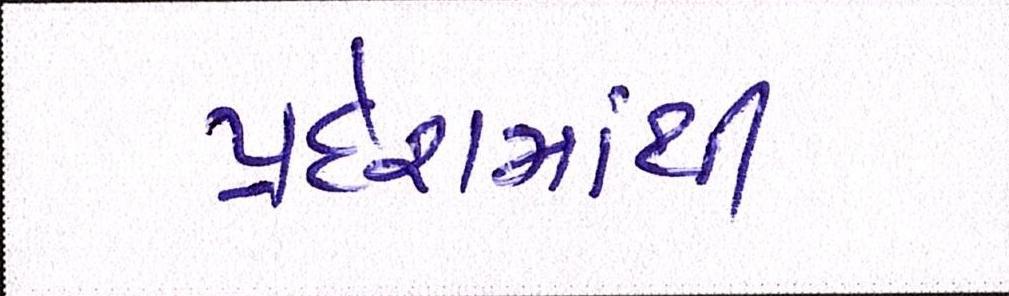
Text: પ્રદેશમાંની